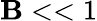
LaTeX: \mathbf{B}<<1